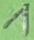
Text: 1